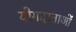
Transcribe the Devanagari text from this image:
योगदाताओं